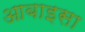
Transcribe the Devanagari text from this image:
आबाइसा